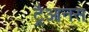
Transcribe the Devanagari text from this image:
ट्रैआनस